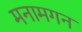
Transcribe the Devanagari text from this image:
मनामगन